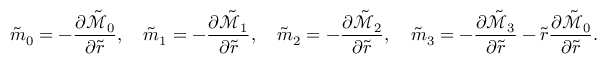
\tilde { m } _ { 0 } = - \frac { \partial \tilde { \mathcal { M } } _ { 0 } } { \partial \tilde { r } } , \quad \tilde { m } _ { 1 } = - \frac { \partial \tilde { \mathcal { M } } _ { 1 } } { \partial \tilde { r } } , \quad \tilde { m } _ { 2 } = - \frac { \partial \tilde { \mathcal { M } } _ { 2 } } { \partial \tilde { r } } , \quad \tilde { m } _ { 3 } = - \frac { \partial \tilde { \mathcal { M } } _ { 3 } } { \partial \tilde { r } } - \tilde { r } \frac { \partial \tilde { \mathcal { M } } _ { 0 } } { \partial \tilde { r } } .